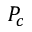
P _ { c }